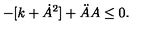
- [ k + \dot { A } ^ { 2 } ] + \ddot { A } A \leq 0 .